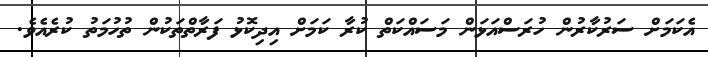
އެކަމަށް ސަރުކާރުން ހުރަސްއަޅަން މަސައްކަތް ކުރާ ކަމަށް އިދިކޮޅު ފަރާތްތަކުން ތުހުމަތު ކުރެއެވެ.